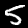
Digit: 5